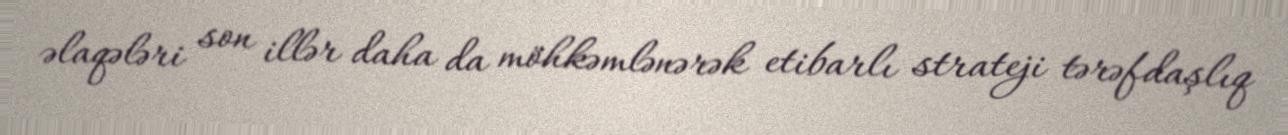
əlaqələri son illər daha da möhkəmlənərək etibarlı strateji tərəfdaşlıq